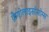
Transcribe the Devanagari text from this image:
फ़ैगोलाइसोसोम्स